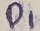
Text: D1